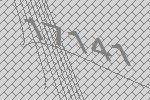
17141